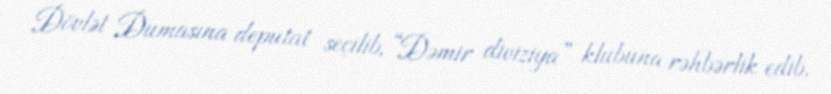
Dövlət Dumasına deputat seçilib, “Dəmir diviziya” klubuna rəhbərlik edib.